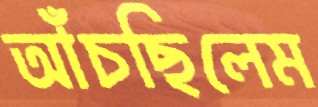
আঁচছিলেম